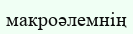
макроәлемнің